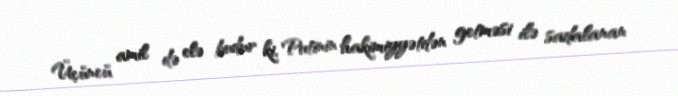
Üçüncü amil də elə budur ki, Putinin hakimiyyətdən getməsi ilə sadalanan